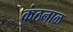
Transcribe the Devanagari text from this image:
कंठनाळ